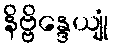
နိဗ္ဗိန္ဒေယျုံ